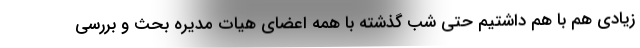
زیادی هم با هم داشتیم حتی شب گذشته با همه اعضای هیات مدیره بحث و بررسی